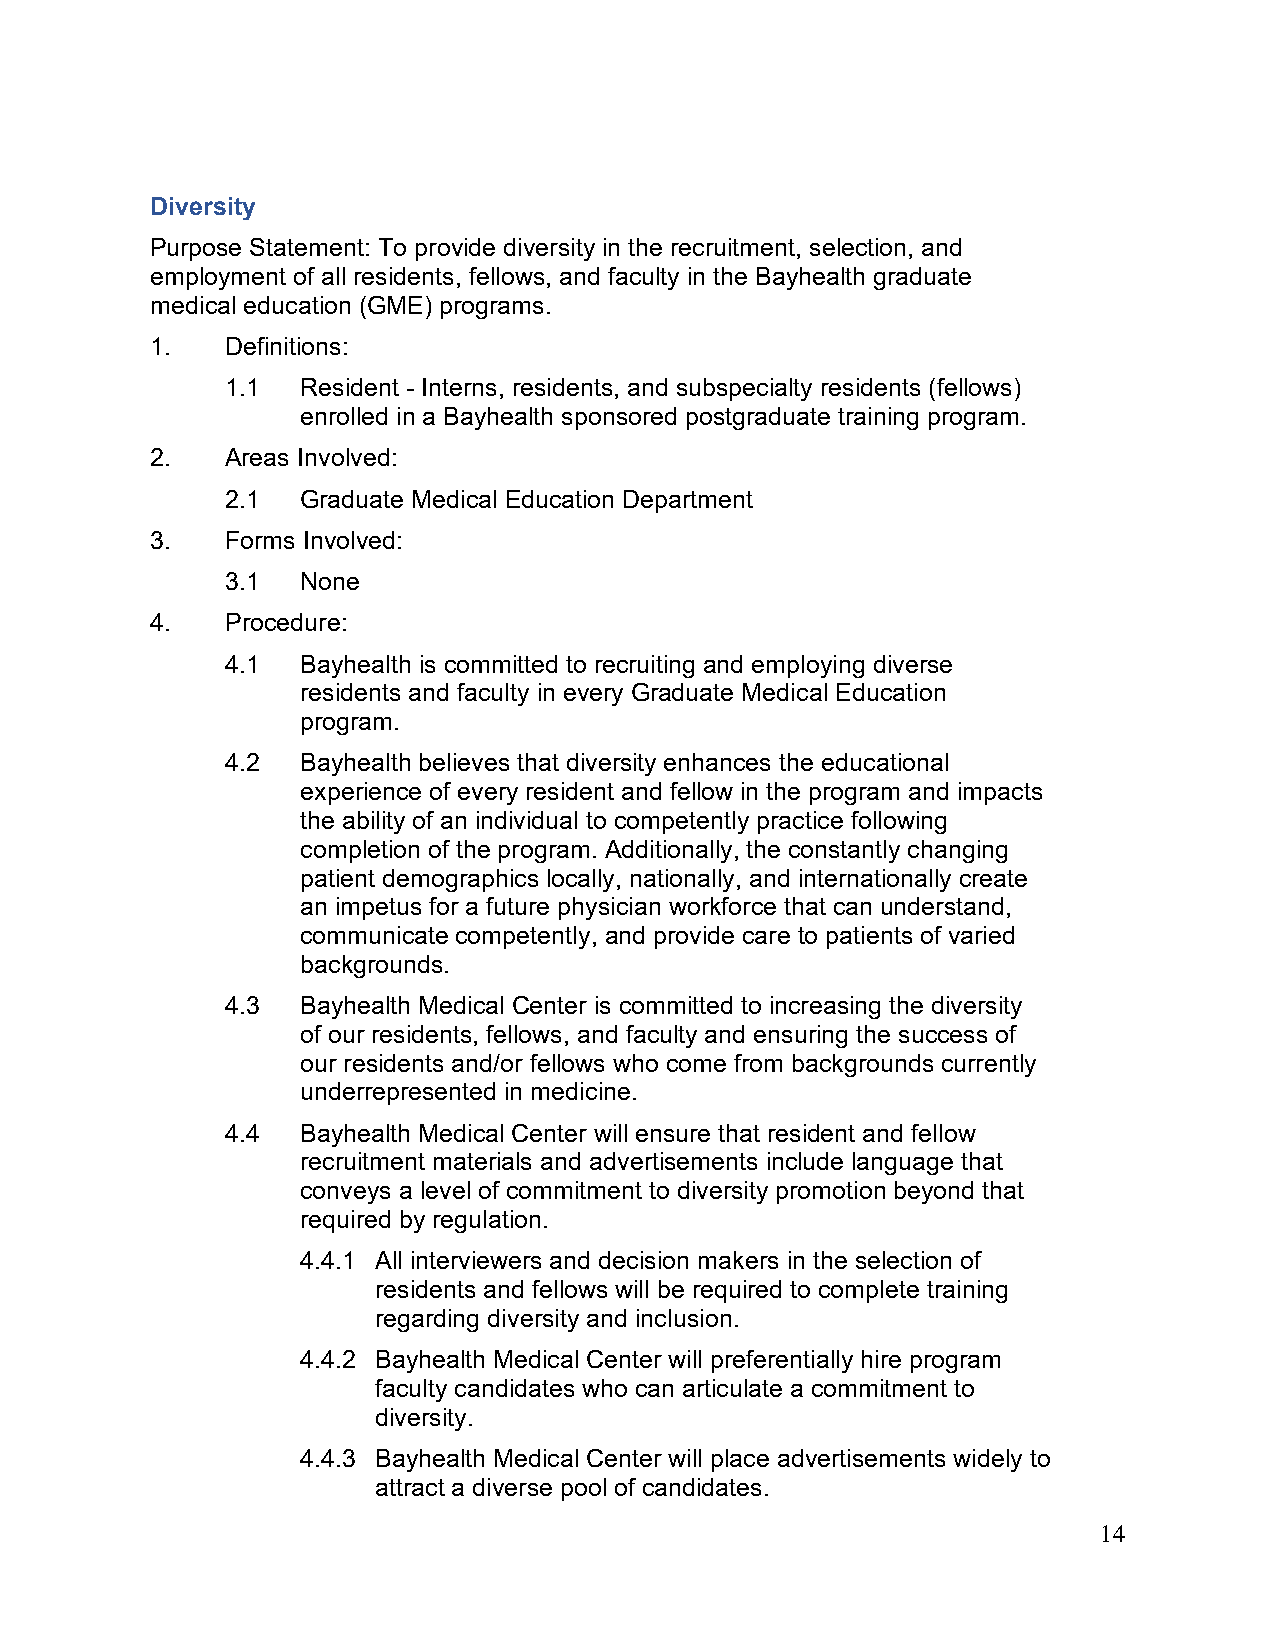
Diversity
 Purpose Statement: To provide diversity in the recruitment, selection, and
 employment of all residents, fellows, and faculty in the Bayhealth graduate
 medical education (GME) programs.
 1.   Definitions:
 1.1  Resident - Interns, residents, and subspecialty residents (fellows)
 enrolled in a Bayhealth sponsored postgraduate training program.
 2.   Areas Involved:
 2.1  Graduate Medical Education Department
 3.   Forms Involved:
 3.1  None
 4.   Procedure:
 4.1  Bayhealth is committed to recruiting and employing diverse
 residents and faculty in every Graduate Medical Education
 program.
 4.2  Bayhealth believes that diversity enhances the educational
 experience of every resident and fellow in the program and impacts
 the ability of an individual to competently practice following
 completion of the program. Additionally, the constantly changing
 patient demographics locally, nationally, and internationally create
 an impetus for a future physician workforce that can understand,
 communicate competently, and provide care to patients of varied
 backgrounds.
 4.3  Bayhealth Medical Center is committed to increasing the diversity
 of our residents, fellows, and faculty and ensuring the success of
 our residents and/or fellows who come from backgrounds currently
 underrepresented in medicine.
 4.4  Bayhealth Medical Center will ensure that resident and fellow
 recruitment materials and advertisements include language that
 conveys a level of commitment to diversity promotion beyond that
 required by regulation.
 4.4.1 All interviewers and decision makers in the selection of
 residents and fellows will be required to complete training
 regarding diversity and inclusion.
 4.4.2 Bayhealth Medical Center will preferentially hire program
 faculty candidates who can articulate a commitment to
 diversity.
 4.4.3 Bayhealth Medical Center will place advertisements widely to
 attract a diverse pool of candidates.
 14